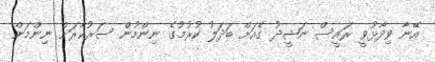
އޭނާ ވިދާޅުވީ ރައީސް ނަޝީދު ގެއަށް ބަދަލު ކުރުުމުގެ ނިންމުން ސަރުކާރަށް ނިންމަން